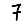
Digit: 7